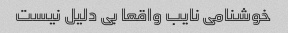
خوشنامی نایب واقعا بی دلیل نیست